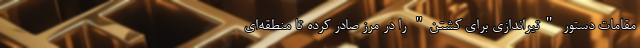
مقامات دستور "تیراندازی برای کشتن" را در مرز صادر کرده تا منطقه‌ای